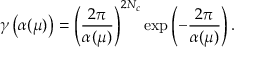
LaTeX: \gamma \left( \alpha ( \mu ) \right) = \left( { \frac { 2 \pi } { \alpha ( \mu ) } } \right) ^ { 2 N _ { c } } \exp \left( - { \frac { 2 \pi } { \alpha ( \mu ) } } \right) .